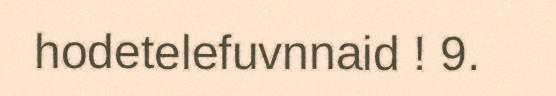
hodetelefuvnnaid ! 9.